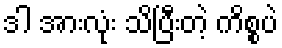
ဒါ အားလုံး သိပြီးတဲ့ ကိစ္စပဲ